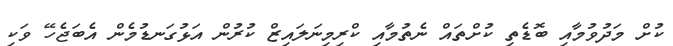
ކުށް މަދުވުމާއި ބޮޑެތި ކުށްތައް ނެތުމާއި ކްރިމިނަލައިޒް ކުރުން އަޅުގަނޑުމެން އެބަޖެހޭ ވަކި